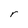
Character: r